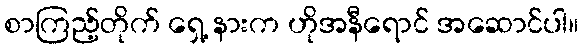
စာကြည့်တိုက် ရှေ့ နားက ဟိုအနီရောင် အဆောင်ပါ။